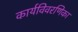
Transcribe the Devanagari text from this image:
कार्यविवरणिका